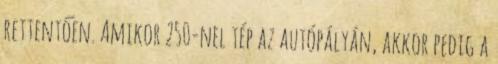
rettentően. Amikor 250-nel tép az autópályán, akkor pedig a